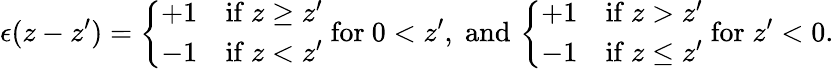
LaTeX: \epsilon(z-z^{\prime})=\left\{ \begin{array}{ll}{{+1}}&{{\mathrm{if}\ z\ge z^{\prime}}}\\ {{-1}}&{{\mathrm{if}\ z<z^{\prime}}}\end{array}\right.\; \mathrm{for}\ 0<z^{\prime},\; \mathrm{and}\, \left\{ \begin{array}{ll}{{+1}}&{{\mathrm{if}\ z>z^{\prime}}}\\ {{-1}}&{{\mathrm{if}\ z\leq z^{\prime}}}\end{array}\right.\; \mathrm{for}\; z^{\prime}<0.